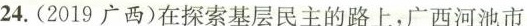
24.(2019广西)在探索基层民主的路上，广西河池市